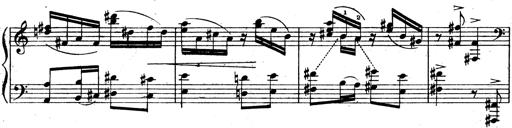
Title: 3 Sonatinas for Piano
Composer: Vissarion Shebalin